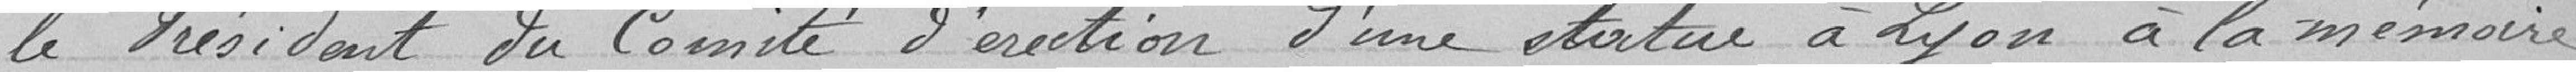
le Président du Comité d’érection d'une statue à Lyon à la mémoire